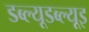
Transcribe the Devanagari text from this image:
डब्ल्यूडब्ल्यूइ